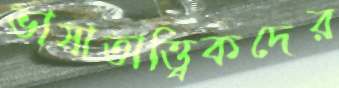
ভাষাতাত্ত্বিকদের